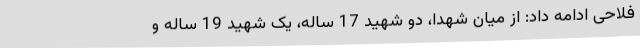
فلاحی ادامه داد: از میان شهدا، دو شهید 17 ساله، یک شهید 19 ساله و